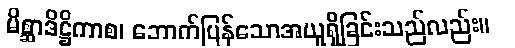
မိစ္ဆာဒိဋ္ဌိကာစ၊ ဘောက်ပြန်သောအယူရှိခြင်းသည်လည်း။